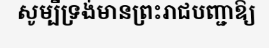
សូម្បីទ្រង់មានព្រះរាជបញ្ជាឱ្យ